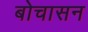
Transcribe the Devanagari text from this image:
बोचासन